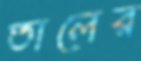
তালের